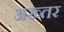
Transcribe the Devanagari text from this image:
अख्‍तर